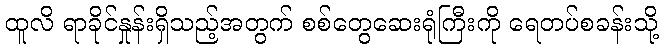
ထူလိ ရာခိုင်နှုန်းရှိသည့်အတွက် စစ်တွေဆေးရုံကြီးကို ရေတပ်စခန်းသို့